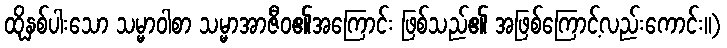
ထိုနှစ်ပါးသော သမ္မာဝါစာ သမ္မာအာဇီဝ၏အကြောင်း ဖြစ်သည်၏ အဖြစ်ကြောင့်လည်းကောင်း။)